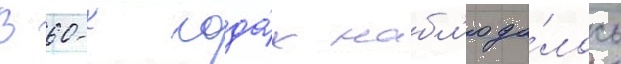
В 60-х года́х набл'юда́лось